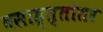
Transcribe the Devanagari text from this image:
वसाह्त्तोतर